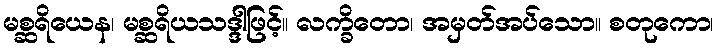
မစ္ဆရိယေန၊ မစ္ဆရိယသဒ္ဒါဖြင့်။ လက္ခိတော၊ အမှတ်အပ်သော။ စတုကော၊